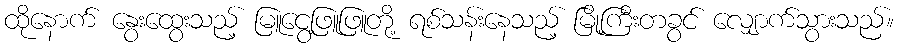
ထိုနောက် နွေးထွေးသည့် မြူငွေ့ဖြူဖြူတို့ ရစ်သန်းနေသည့် မြို့ကြီးတခွင် လျှောက်သွားသည်။